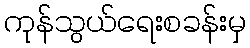
ကုန်သွယ်ရေးစခန်းမှ